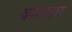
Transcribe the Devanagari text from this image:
वागणार